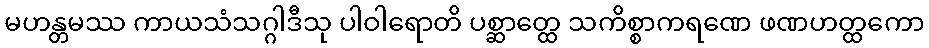
မဟန္တမဿ ကာယသံသဂ္ဂါဒီသု ပါဝါရောတိ ပစ္ဆာတ္ထေ သကိစ္စာကရဏေ ဖဏဟတ္ထကော